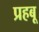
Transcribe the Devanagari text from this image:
प्रहबू